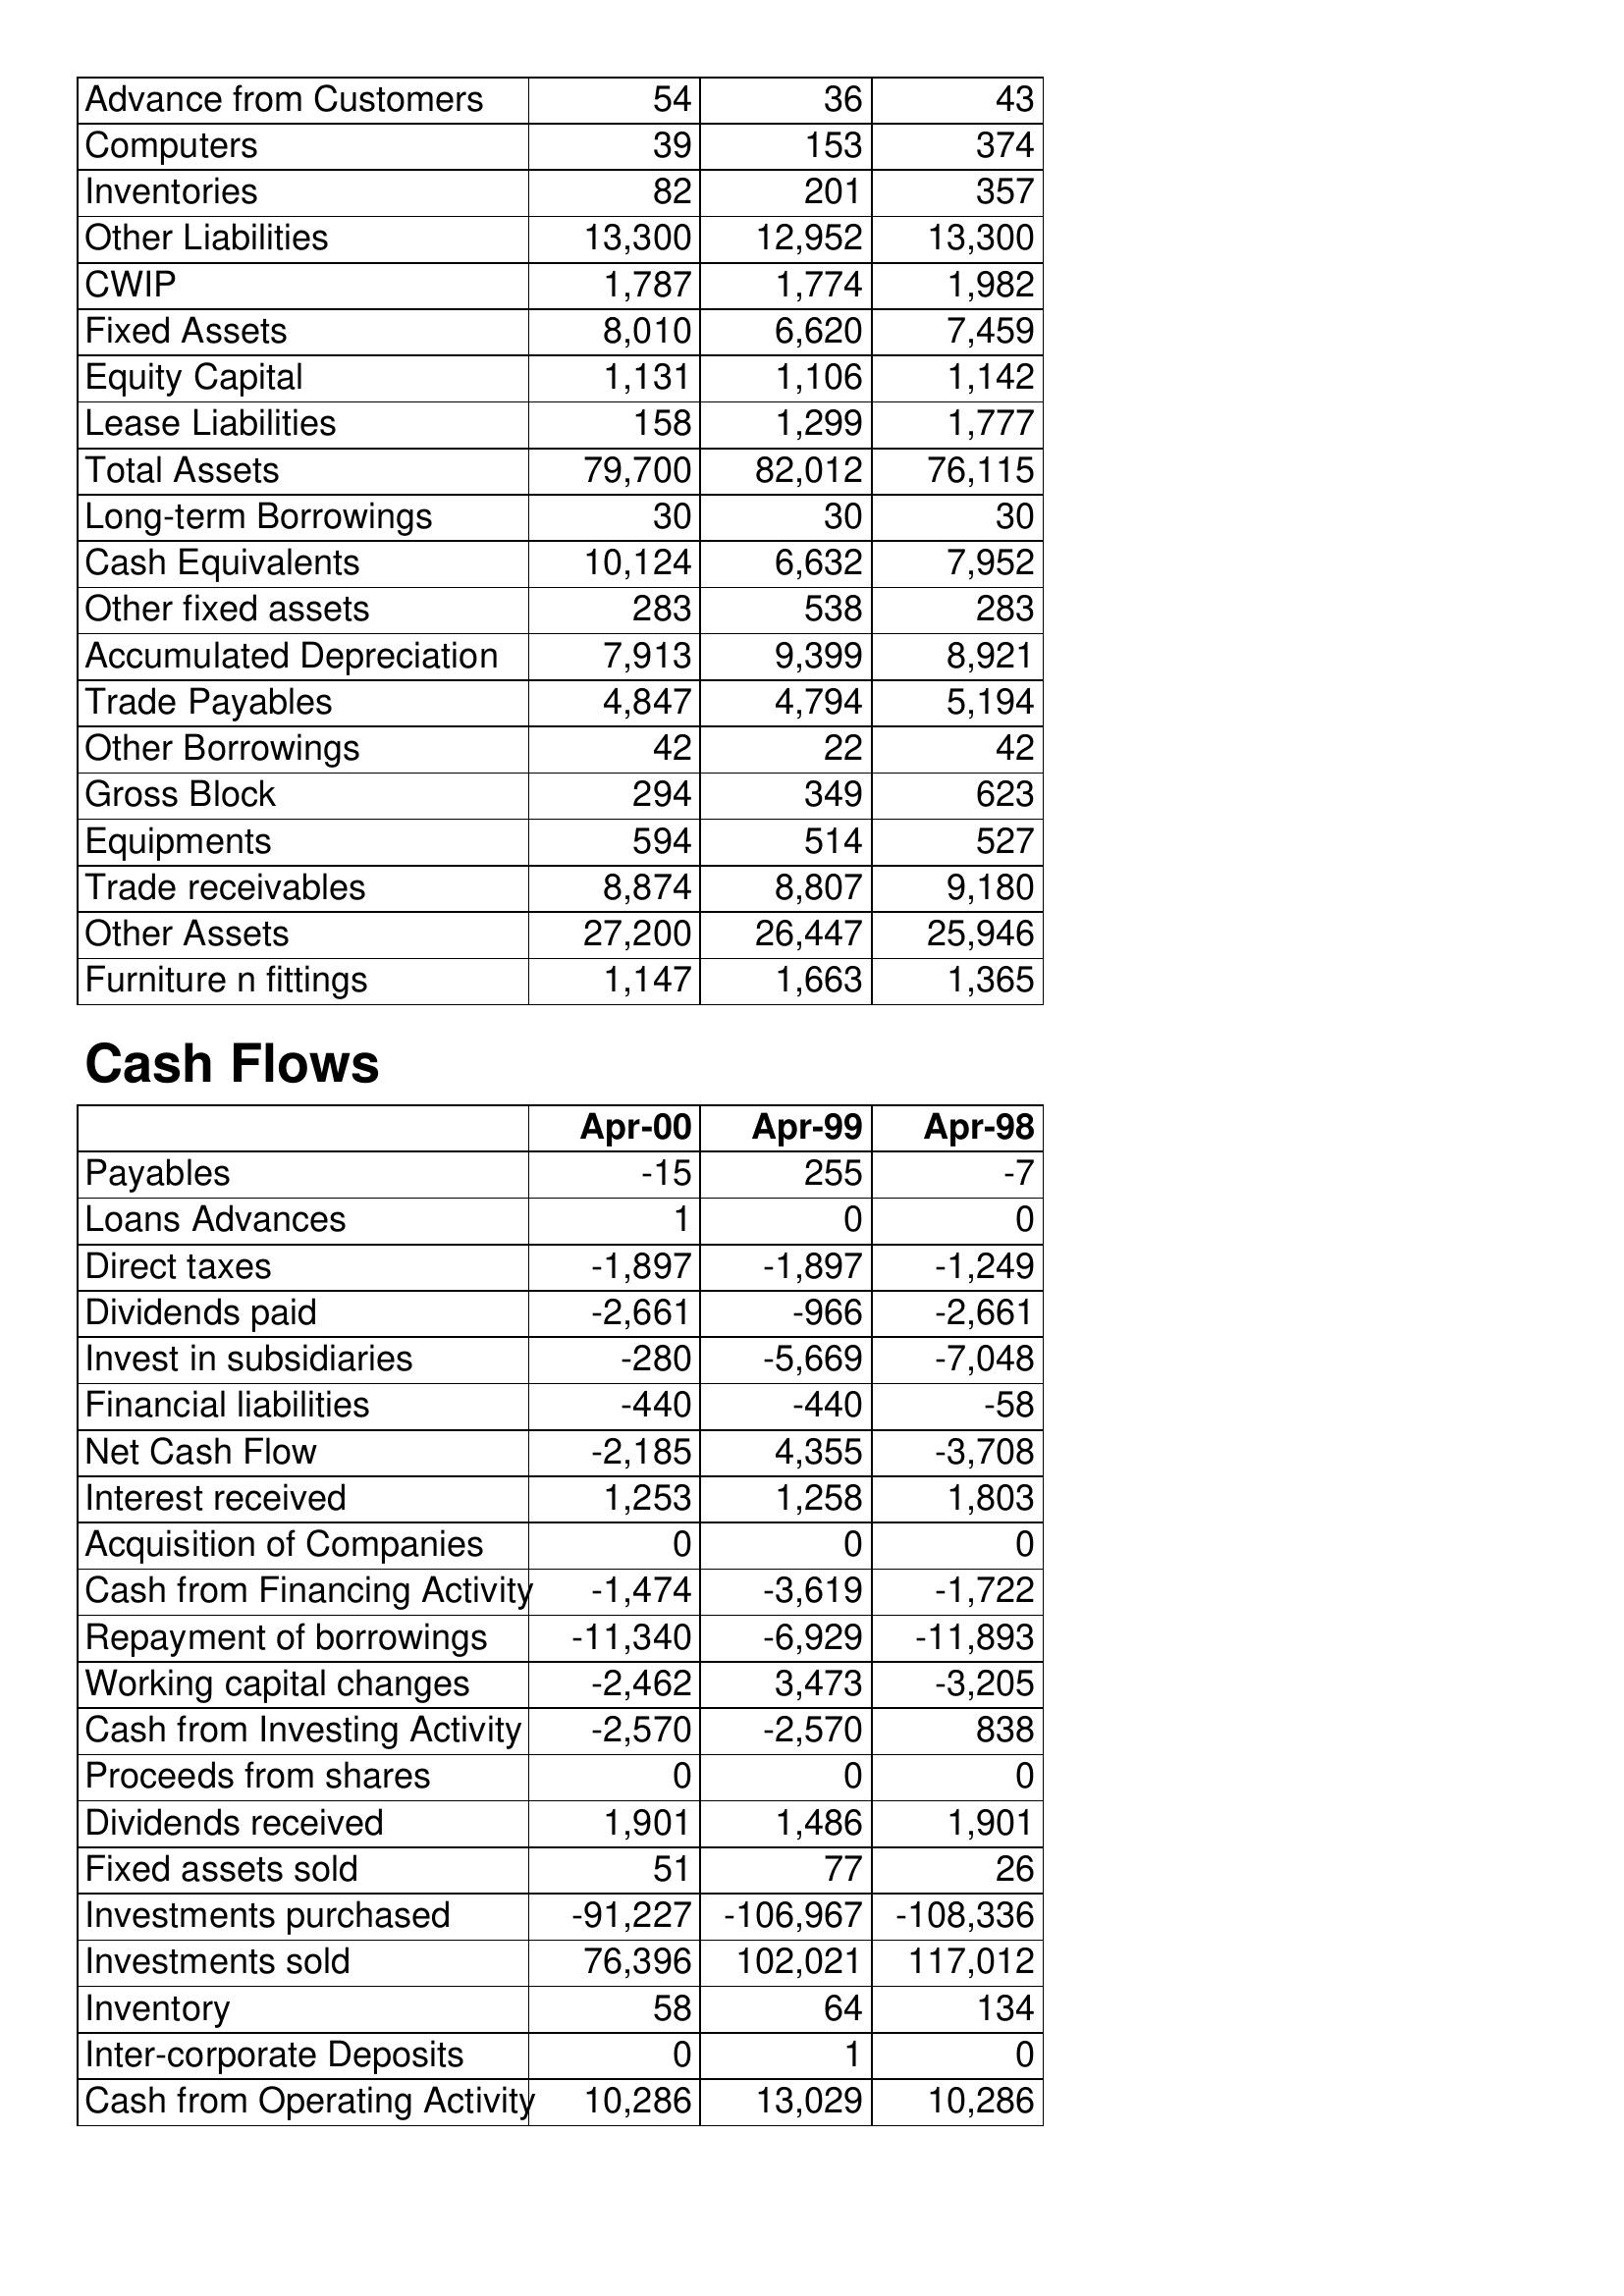
Apr-00: Balance Sheet: Advance from Customers: 54
Computers: 39
Inventories: 82
Other Liabilities: 13,300
CWIP: 1,787
Fixed Assets: 8,010
Equity Capital: 1,131
Lease Liabilities: 158
Total Assets: 79,700
Long-term Borrowings: 30
Cash Equivalents: 10,124
Other fixed assets: 283
Accumulated Depreciation: 7,913
Trade Payables: 4,847
Other Borrowings: 42
Gross Block: 294
Equipments: 594
Trade receivables: 8,874
Other Assets: 27,200
Furniture n fittings: 1,147
Cash Flows: Payables: -15
Loans Advances: 1
Direct taxes: -1,897
Dividends paid: -2,661
Invest in subsidiaries: -280
Financial liabilities: -440
Net Cash Flow: -2,185
Interest received: 1,253
Acquisition of Companies: 0
Cash from Financing Activity: -1,474
Repayment of borrowings: -11,340
Working capital changes: -2,462
Cash from Investing Activity: -2,570
Proceeds from shares: 0
Dividends received: 1,901
Fixed assets sold: 51
Investments purchased: -91,227
Investments sold: 76,396
Inventory: 58
Inter-corporate Deposits: 0
Cash from Operating Activity: 10,286
Apr-99: Balance Sheet: Advance from Customers: 36
Computers: 153
Inventories: 201
Other Liabilities: 12,952
CWIP: 1,774
Fixed Assets: 6,620
Equity Capital: 1,106
Lease Liabilities: 1,299
Total Assets: 82,012
Long-term Borrowings: 30
Cash Equivalents: 6,632
Other fixed assets: 538
Accumulated Depreciation: 9,399
Trade Payables: 4,794
Other Borrowings: 22
Gross Block: 349
Equipments: 514
Trade receivables: 8,807
Other Assets: 26,447
Furniture n fittings: 1,663
Cash Flows: Payables: 255
Loans Advances: 0
Direct taxes: -1,897
Dividends paid: -966
Invest in subsidiaries: -5,669
Financial liabilities: -440
Net Cash Flow: 4,355
Interest received: 1,258
Acquisition of Companies: 0
Cash from Financing Activity: -3,619
Repayment of borrowings: -6,929
Working capital changes: 3,473
Cash from Investing Activity: -2,570
Proceeds from shares: 0
Dividends received: 1,486
Fixed assets sold: 77
Investments purchased: -106,967
Investments sold: 102,021
Inventory: 64
Inter-corporate Deposits: 1
Cash from Operating Activity: 13,029
Apr-98: Balance Sheet: Advance from Customers: 43
Computers: 374
Inventories: 357
Other Liabilities: 13,300
CWIP: 1,982
Fixed Assets: 7,459
Equity Capital: 1,142
Lease Liabilities: 1,777
Total Assets: 76,115
Long-term Borrowings: 30
Cash Equivalents: 7,952
Other fixed assets: 283
Accumulated Depreciation: 8,921
Trade Payables: 5,194
Other Borrowings: 42
Gross Block: 623
Equipments: 527
Trade receivables: 9,180
Other Assets: 25,946
Furniture n fittings: 1,365
Cash Flows: Payables: -7
Loans Advances: 0
Direct taxes: -1,249
Dividends paid: -2,661
Invest in subsidiaries: -7,048
Financial liabilities: -58
Net Cash Flow: -3,708
Interest received: 1,803
Acquisition of Companies: 0
Cash from Financing Activity: -1,722
Repayment of borrowings: -11,893
Working capital changes: -3,205
Cash from Investing Activity: 838
Proceeds from shares: 0
Dividends received: 1,901
Fixed assets sold: 26
Investments purchased: -108,336
Investments sold: 117,012
Inventory: 134
Inter-corporate Deposits: 0
Cash from Operating Activity: 10,286